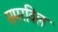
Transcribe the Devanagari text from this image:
समरविल